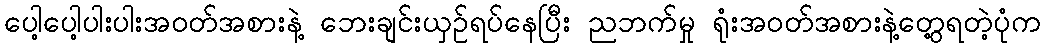
ပေါ့ပေါ့ပါးပါးအဝတ်အစားနဲ့ ဘေးချင်းယှဉ်ရပ်နေပြီး ညဘက်မှု ရုံးအဝတ်အစားနဲ့တွေ့ရတဲ့ပုံက